Reports on military cantonments and civil stations in the Presidency of Bombay inspected by the Sanitary Commissioner in the years 1875 and 1876
Year: 1875
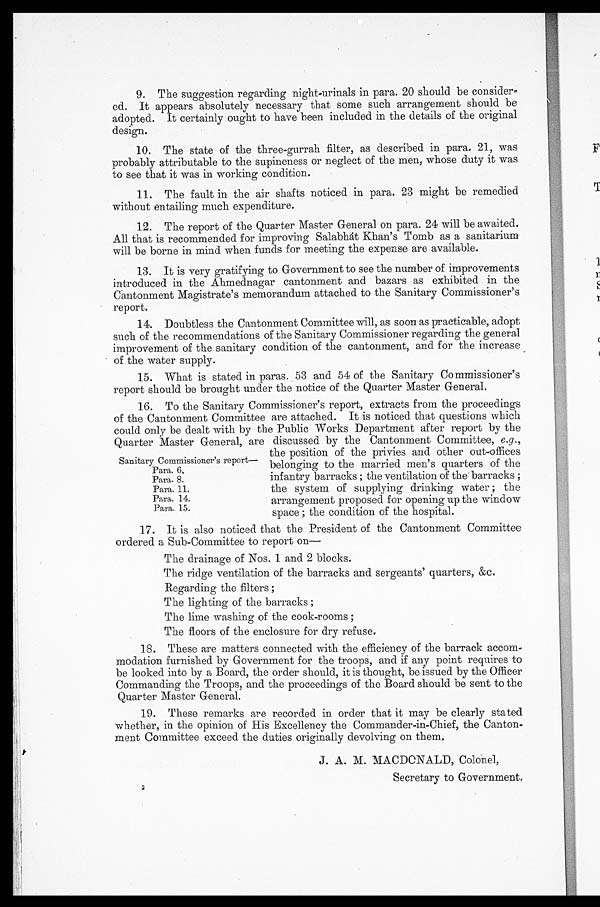
9. The suggestion regarding night-urinals in para. 20 should be consider-
ed. It appears absolutely necessary that some such arrangement should be
adopted. It certainly ought to have been included in the details of the original
design.
10. The state of the three-gurrah filter, as described in para, 21, was
probably attributable to the supineness or neglect of the men, whose duty it was
to see that it was in working condition.
11. The fault in the air shafts noticed in para. 23 might be remedied
without entailing much expenditure.
12. The report of the Quarter Master General on para. 24 will be awaited.
All that is recommended for improving Salabhát Khan's Tomb as a sanitarium
will be borne in mind when funds for meeting the expense are available.
13. It is very gratifying to Government to see the number of improvements
introduced in the Ahmednagar cantonment and bazars as exhibited in the
Cantonment Magistrate's memorandum attached to the Sanitary Commissioner's
report.
14. Doubtless the Cantonment Committee will, as soon as practicable, adopt
such of the recommendations of the Sanitary Commissioner regarding the general.
improvement of the sanitary condition of the cantonment, and for the increase
of the water supply.
15. What is stated in paras. 53 and 54 of the Sanitary Commissioner's
report should be brought under the notice of the Quarter Master General.
16. To the Sanitary Commissioner's report, extracts from the proceedings
of the Cantonment Committee are attached. It is noticed that questions which
could only be dealt with by the Public Works Department after report by the
Quarter Master General, are discussed by the Cantonment Committee, e.g .,
the position of the privies and other out-offices
belonging to the married men's quarters of the
infantry barracks ; the ventilation of the barracks ;
the system of supplying drinking water ; the
arrangement proposed for opening up the window
space ; the condition of the hospital.
17. It is also noticed that the President of the Cantonment Committee
ordered a Sub-Committee to report on:—
The drainage of Nos. 1 and 2 blocks.
The ridge ventilation of the barracks and sergeants' quarters, &c.
Regarding the filters;
The lighting of the barracks;
The lime washing of the cook-rooms;
The floors of the enclosure for dry refuse.
18. These are matters connected with the efficiency of the barrack accom-
modation furnished by Government for the troops, and if any point requires to
be looked into by a Board, the order should, it is thought, be issued by the Officer
Commanding the Troops, and the proceedings of the Board should be sent to the
Quarter Master General.
19. These remarks are recorded in order that it may be clearly stated
whether, in the opinion of His Excellency the Commander-in-Chief, the Canton-
ment Committee exceed the duties originally devolving on them,
J. A. M. MACDONALD, Colonel,
Secretary to Government.
2
Sanitary Commissioner's report—
Para. 6.
Para. 8.
Para. 11.
Para. 14.
Para. 15.